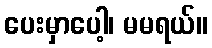
ပေးမှာပေါ့၊ မမရယ်။